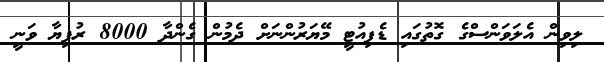
ލިވިން އެލަވަންސްގެ ގޮތުގައި ޑެޕިއުޓީ މޭޔަރުންނަށް ދެމުން ގެންދާ 8000 ރުފިޔާ ވަނީ